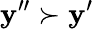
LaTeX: \mathbf{y}^{\prime\prime}\succ\mathbf{y}^{\prime}